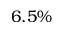
6 . 5 \%